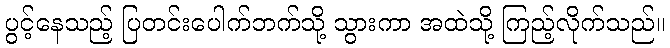
ပွင့်နေသည့် ပြတင်းပေါက်ဘက်သို့ သွားကာ အထဲသို့ ကြည့်လိုက်သည်။